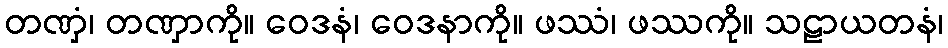
တဏှံ၊ တဏှာကို။ ဝေဒနံ၊ ဝေဒနာကို။ ဖဿံ၊ ဖဿကို။ သဠာယတနံ၊